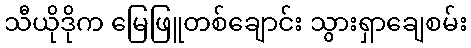
သီယိုဒိုက မြေဖြူတစ်ချောင်း သွားရှာချေစမ်း